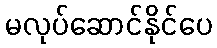
မလုပ်ဆောင်နိုင်ပေ